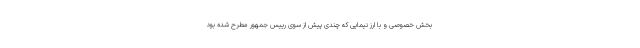
بخش خصوصی و با ارز نیمایی که چندی پیش از سوی رییس جمهور مطرح شده بود